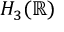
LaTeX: H _ { 3 } ( \mathbb { R } )